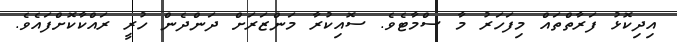
އިދިކޮޅު ފަރާތްތައް މިފަހަރު މާ ސްމާޓެވެ. ސޮއިކުރާ މަންޒަރަށް ދަންދެން ހުރީ ރައްކާކޮށްފައެވެ.